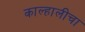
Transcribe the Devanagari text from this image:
काल्हालीचा